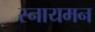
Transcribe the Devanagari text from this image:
स्नायमन